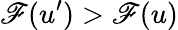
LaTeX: \mathscr{F}(u^{\prime})>\mathscr{F}(u)